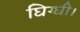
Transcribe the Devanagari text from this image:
घिग्घी।